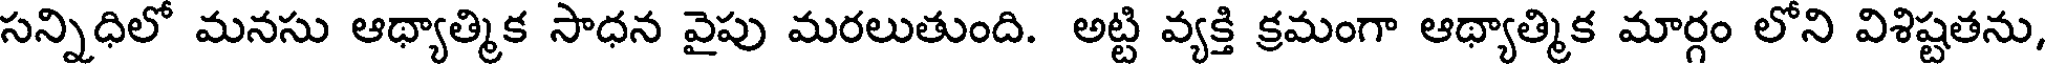
సన్నిధిలో మనసు ఆథ్యాత్మిక సాధన వైపు మరలుతుంది. అట్టి వ్యక్తి క్రమంగా ఆథ్యాత్మిక మార్గం లోని విశిష్టతను,